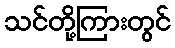
သင်တို့ကြားတွင်